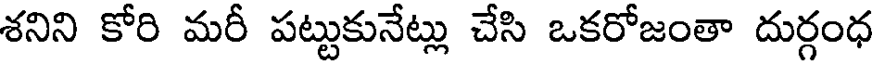
శనిని కోరి మరీ పట్టుకునేట్లు చేసి ఒకరోజంతా దుర్గంధ